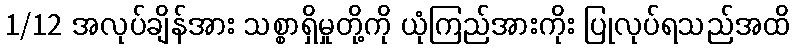
1/12 အလုပ်ချိန်အား သစ္စာရှိမှုတို့ကို ယုံကြည်အားကိုး ပြုလုပ်ရသည်အထိ